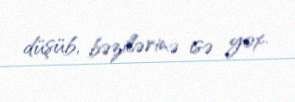
düşüb, bəzilərinə isə yox.